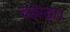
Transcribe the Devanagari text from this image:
दहाड़ा।